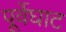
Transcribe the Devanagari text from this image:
पूर्वेघाट